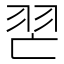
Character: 𦐀